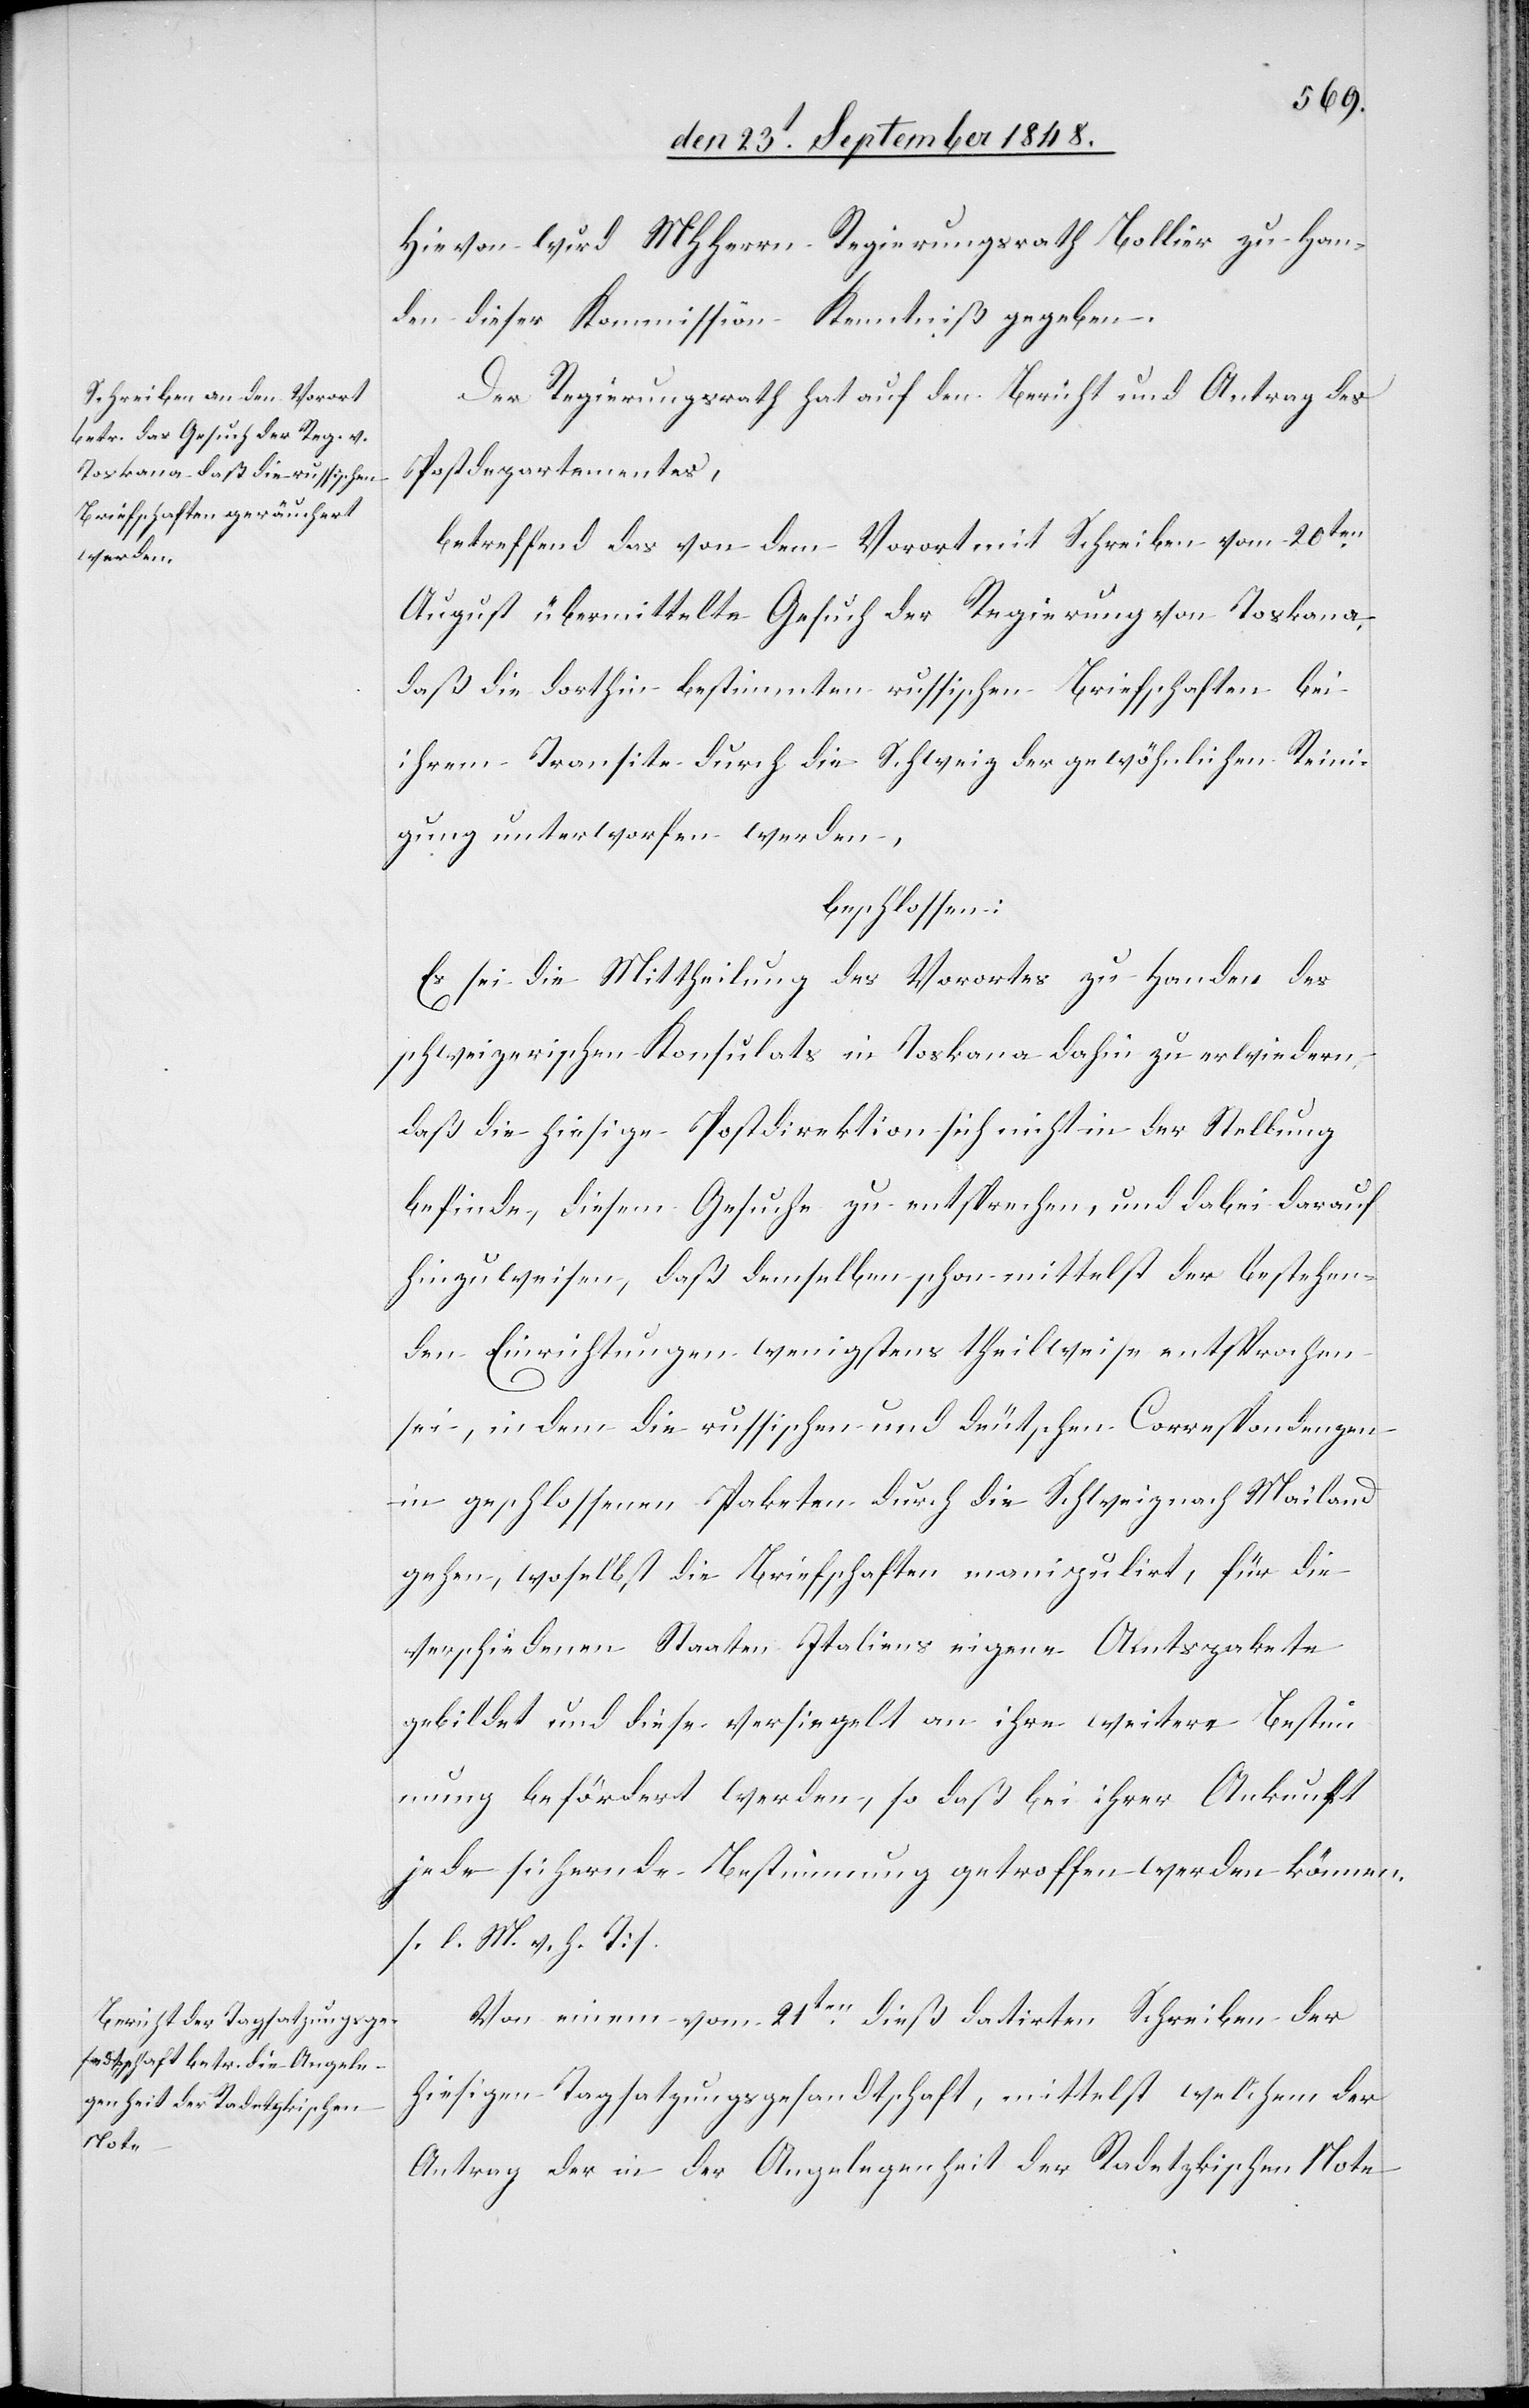
Hievon wird MHHerrn Regierungsrath Bollier zu Han¬
den dieser Kommission Kenntniß gegeben.
Der Regierungsrath hat auf den Bericht und Antrag des
Postdepartementes,
betreffend das von dem Vorort mit Schreiben vom 20ten
August übermittelte Gesuch der Regierung von Toskana,
daß die dorthin bestimmten russischen Briefschaften bei
ihrem Transite durch die Schweiz der gewöhnlichen Reini¬
gung unterworfen werden,
beschlossen:
Es sei die Mittheilung des Vorortes zu Handen des
schweizerischen Konsulats in Toskana dahin zu erwiedern
daß die hiesige Postdirektion sich nicht in der Stellung
befinde, diesem Gesuche zu entsprechen, und dabei darauf
hinzuweisen, daß demselben schon mittelst der bestehen¬
den Einrichtungen wenigstens theilweise entsprochen
sei, indem die russischen und deutschen Correspondenzen
in geschlossenen Paketen durch die Schweiz nach Mailand
gehen, woselbst die Briefschaften manipulirt, für die
verschiedenen Staaten Italiens eigene Amtspakete
gebildet und diese versiegelt an ihre weitere Bestimm¬
ung befördert werden, so daß bei ihrer Ankunft
jede sichernde Bestimmung getroffen werden können.
[l. M. v. h. T]
Von einem vom 21ten dieß datirten Schreiben der
hiesigen Tagsatzungsgesandtschaft, mittelst welchem der
Antrag der in der Angelegenheit der Radetzkischen Note